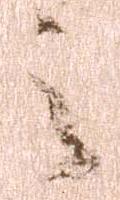
之